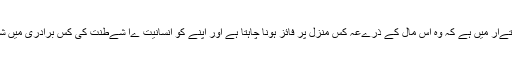
اب يہ انسان کے اختےار ميں ہے کہ وہ اس مال کے ذرےعہ کس منزل پر فائز ہونا چاہتا ہے اور اپنے کو انسانيت ےا شےطنت کى کس برادرى ميں شامل کرنا چاہتا ہے۔